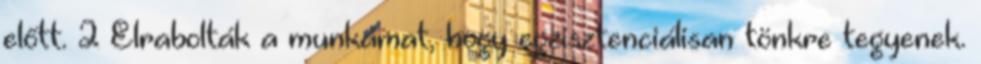
előtt. 2 Elrabolták a munká­mat, hogy egzisztenciálisan tönkre tegyenek.